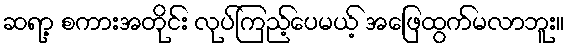
ဆရာ့ စကားအတိုင်း လုပ်ကြည့်ပေမယ့် အဖြေထွက်မလာဘူး။